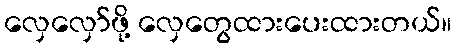
လှေလှော်ဖို့ လှေတွေထားပေးထားတယ်။